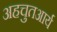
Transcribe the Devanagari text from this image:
अहचुतआर्य